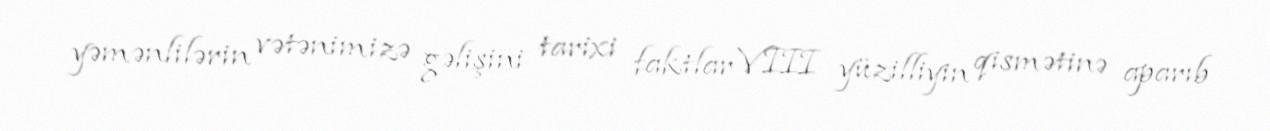
yəmənlilərin vətənimizə gəlişini tarixi faktlar VIII yüzilliyin qismətinə aparıb